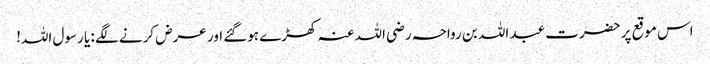
اس موقع پر حضرت عبد اللہ بن رواحہ رضی اللہ عنہ کھڑے ہوگئے اور عرض کرنے لگے : یا رسول اللہ!